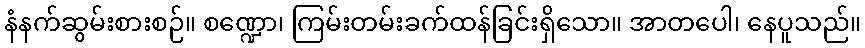
နံနက်ဆွမ်းစားစဉ်။ စဏ္ဍော၊ ကြမ်းတမ်းခက်ထန်ခြင်းရှိသော။ အာတပေါ၊ နေပူသည်။